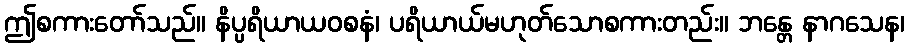
ဤစကားတော်သည်။ နိပ္ပရိယာယဝစနံ၊ ပရိယာယ်မဟုတ်သောစကားတည်း။ ဘန္တေ နာဂသေန၊